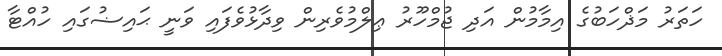
ހަތަރު މަޛްހަބުގެ އިމާމުން އަދި ޖުމްހޫރު ޢިލްމުވެރިން ވިދާޅުވެފައި ވަނީ ޙައިޟުގައި ހުއްޓާ